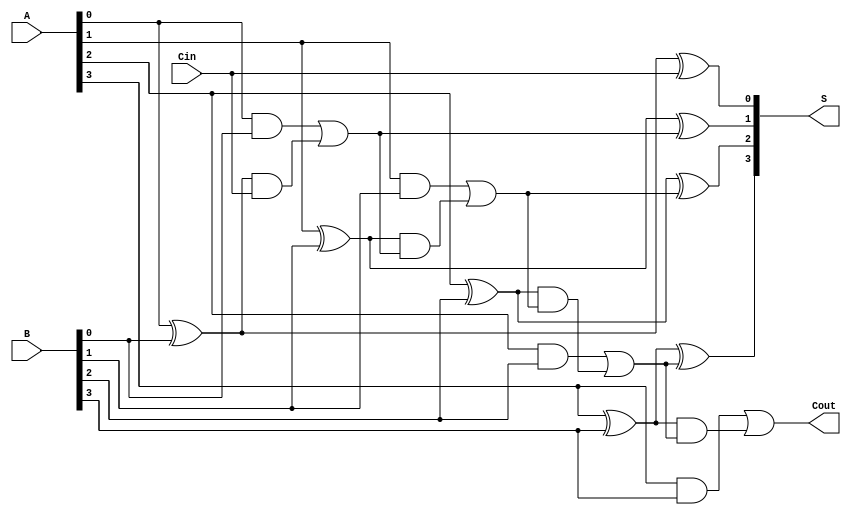
module CILA #(parameter N = 4) (
    input  [N-1:0] A,      // First binary number
    input  [N-1:0] B,      // Second binary number
    input          Cin,     // Carry-in
    output [N-1:0] S,      // Sum output
    output         Cout      // Carry-out
);

    // Intermediate signals
    wire [N-1:0] G; // Generate signals
    wire [N-1:0] P; // Propagate signals
    wire [N:0] C;   // Carry signals (C[0] to C[N])

    // Generate and Propagate calculations
    generate
        genvar i;
        for (i = 0; i < N; i = i + 1) begin : gen_prop
            assign G[i] = A[i] & B[i];        // Generate
            assign P[i] = A[i] ^ B[i];        // Propagate
        end
    endgenerate

    // Carry calculations
    assign C[0] = Cin; // C[0] is the initial carry-in

    generate
        for (i = 1; i <= N; i = i + 1) begin : carry_calc
            assign C[i] = G[i-1] | (P[i-1] & C[i-1]); // Carry logic
        end
    endgenerate

    // Sum calculations
    generate
        for (i = 0; i < N; i = i + 1) begin : sum_calc
            assign S[i] = P[i] ^ C[i]; // Sum output
        end
    endgenerate

    // Carry-out is the carry from the most significant bit
    assign Cout = C[N];

endmodule